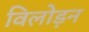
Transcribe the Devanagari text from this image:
विलोड़न